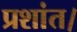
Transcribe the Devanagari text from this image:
प्रशांत।